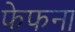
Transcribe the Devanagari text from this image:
फेफना